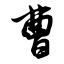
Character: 曹